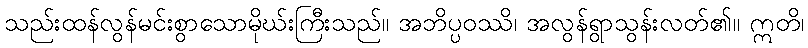
သည်းထန်လွန်မင်းစွာသောမိုဃ်းကြီးသည်။ အဘိပ္ပဝဿိ၊ အလွန်ရွာသွန်းလတ်၏။ ဣတိ၊